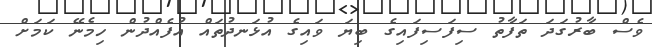
ވެސް ބާރުގަދަ ތަފާތު ސިފަސިފައިގެ ބިޔަ ވައިގެ އުޅަނދުތައް އުފެއްދުން ހިމެނޭ ކަމަށް